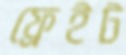
ফ্রেইট